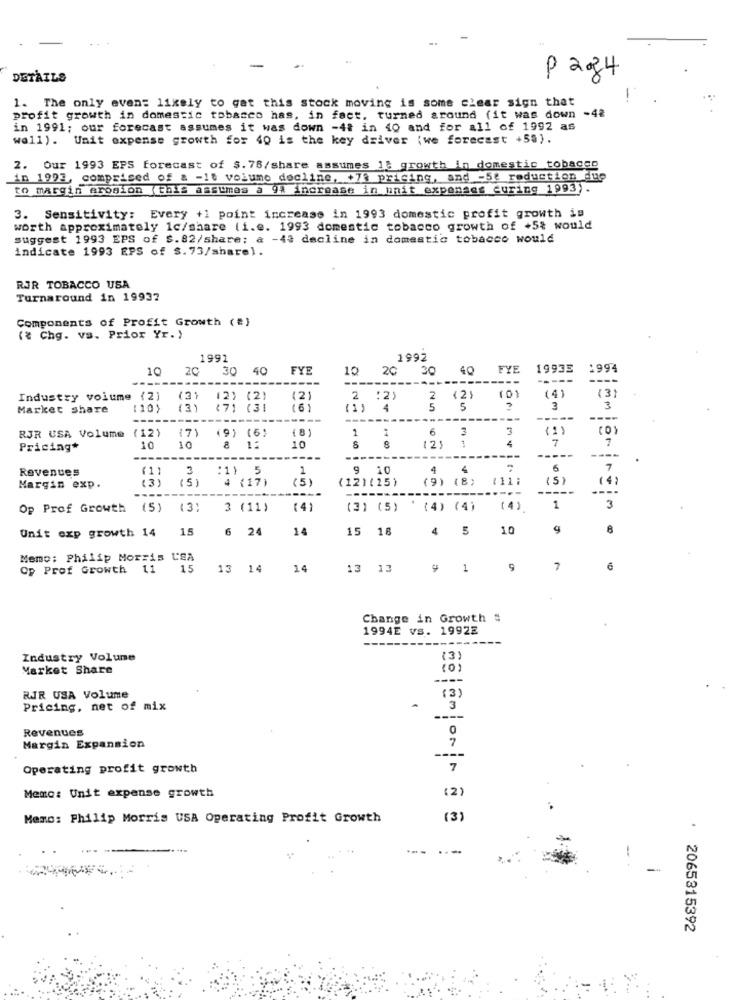
-
DETAILS
p 284
1. The only even: likely to gat this stock moving is some clear sign that
profit growth in domestic tobacco has, in fact, turned around (it was down -4%
in 1991; our forecast assumes it was down -4# in 40 and for all of 1992 as
wall). Unit expense growth for 40 is the key driver (we forecast +55).
2. Our 1993 EPS forecast of $. 78/share assumes it growth in domestic tobacco
in 1993, comprised of & -1t volume decline, +73 pricing, and -5e reduction due
to margin Arogion (this assumes a 9% increase in unit expenses curing 1993).
3. Sensitivity: Every +1 point increase in 1993 domestic profit growth is
worth approximately 1c/share (i.e. 1993 domestic tobacco growth of +5% would
suggest 1993 EPS of $.82/share; a -43 decline in domestic tobacco would
indicate 1993 EPS of $. 73/share).
RJR TOBACCO USA
Turnaround in 19937
Components of Profit Growth (#)
(₹ Chg. vs. Prior Yr. )
1991
1992
10
2C
30
40
FYE
10
20
30
40
FYE
1993E
1997
---------
----
----
(4)
Industry volume (2)
(2) (31
(2)
(2)
2 :2)
2
(0)
Market share
[10)
(3)
171 (31
(6)
(1) 4
5
5
3
3
---
-----
----
RJR USA Volume (12)
(7)
(8)
6
3
(1)
(9) (6)
1
3
4
7
7
Pricing*
10
10
8
1:
10
8
(2)
---
--
-----
------------
-----
----
Revenues
3
1
9 10
4
6
7
(5)
:1) 5
4 (17)
(5)
(9) (8)
111:
(5)
(4)
Margin exp.
(12)(25)
...
-----
---
Op Prof Growth
(5)
(3:
3 (11)
(4)
(3) (5)
(4) (4)
(4)
1
3
15
6 24
14
15 18
4 5
10
4
Unit exp growth 14
Memo: Philip Morris USA
Op Prof Growth 11
15
13 14
14
13 13
9 1
9
7
Change in Growth #
1994E vs. 19922
Industry Volume
(3)
Market Share
(0)
RIR USA Volume
(3)
Pricing, net of mix
3
Revenues
0
Margin Expansion
7
----
Operating profit growth
7
Memo: Unit expense growth
(2)
Meno: Philip Morris USA Operating Profit Growth
(3)
--- ---
2065315392